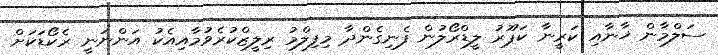
ސަލްމާން ޚާނާއި ކަރީނާ ކަޕޫރު ލީޑްރޯލުން ފެނިގެންދާ މިފިލްމު ރިލީޒްކުރެވުމާއިއެކު އަންނަނީ ރެކޯޑަކަށް